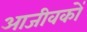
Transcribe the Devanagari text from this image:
आजीवकों